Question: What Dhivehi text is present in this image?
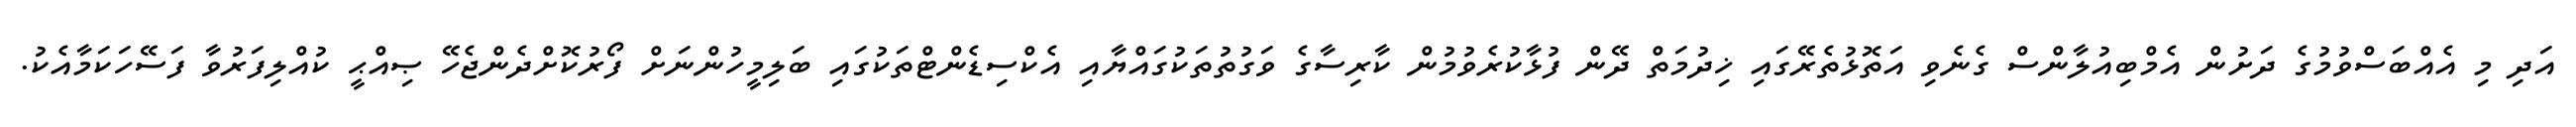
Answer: އަދި މި އެއްބަސްވުމުގެ ދަށުން އެމްބިއުލާންސް ގެނެވި އަތޮޅުތެރޭގައި ޚިދުމަތް ދޭން ފުޅާކުރެވުމުން ކާރިސާގެ ވަގުތުތަކުގައްޔާއި އެކްސިޑެންޓްތަކުގައި ބަލިމީހުންނަށް ފޯރުކޮށްދެންޖެހޭ ޞިއްޙީ ކުއްލިފަރުވާ ފަސޭހަކަމާއެކު.